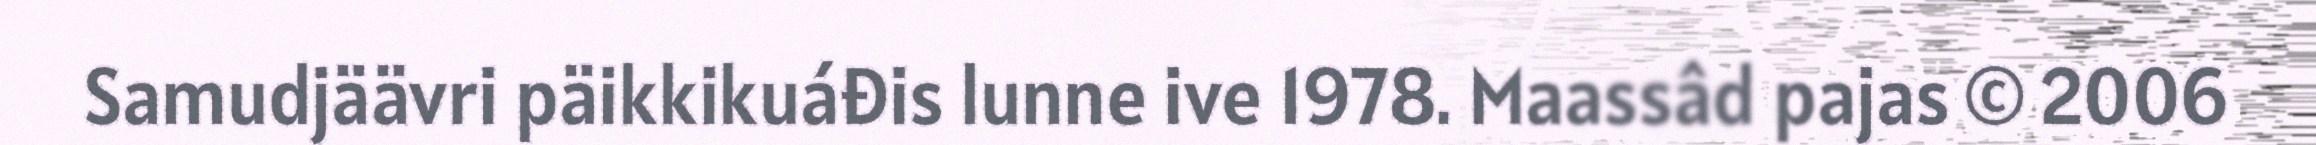
Samudjäävri päikkikuáđis lunne ive 1978. Maassâd pajas © 2006